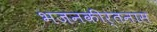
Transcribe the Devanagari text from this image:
भजनकीर्तनास